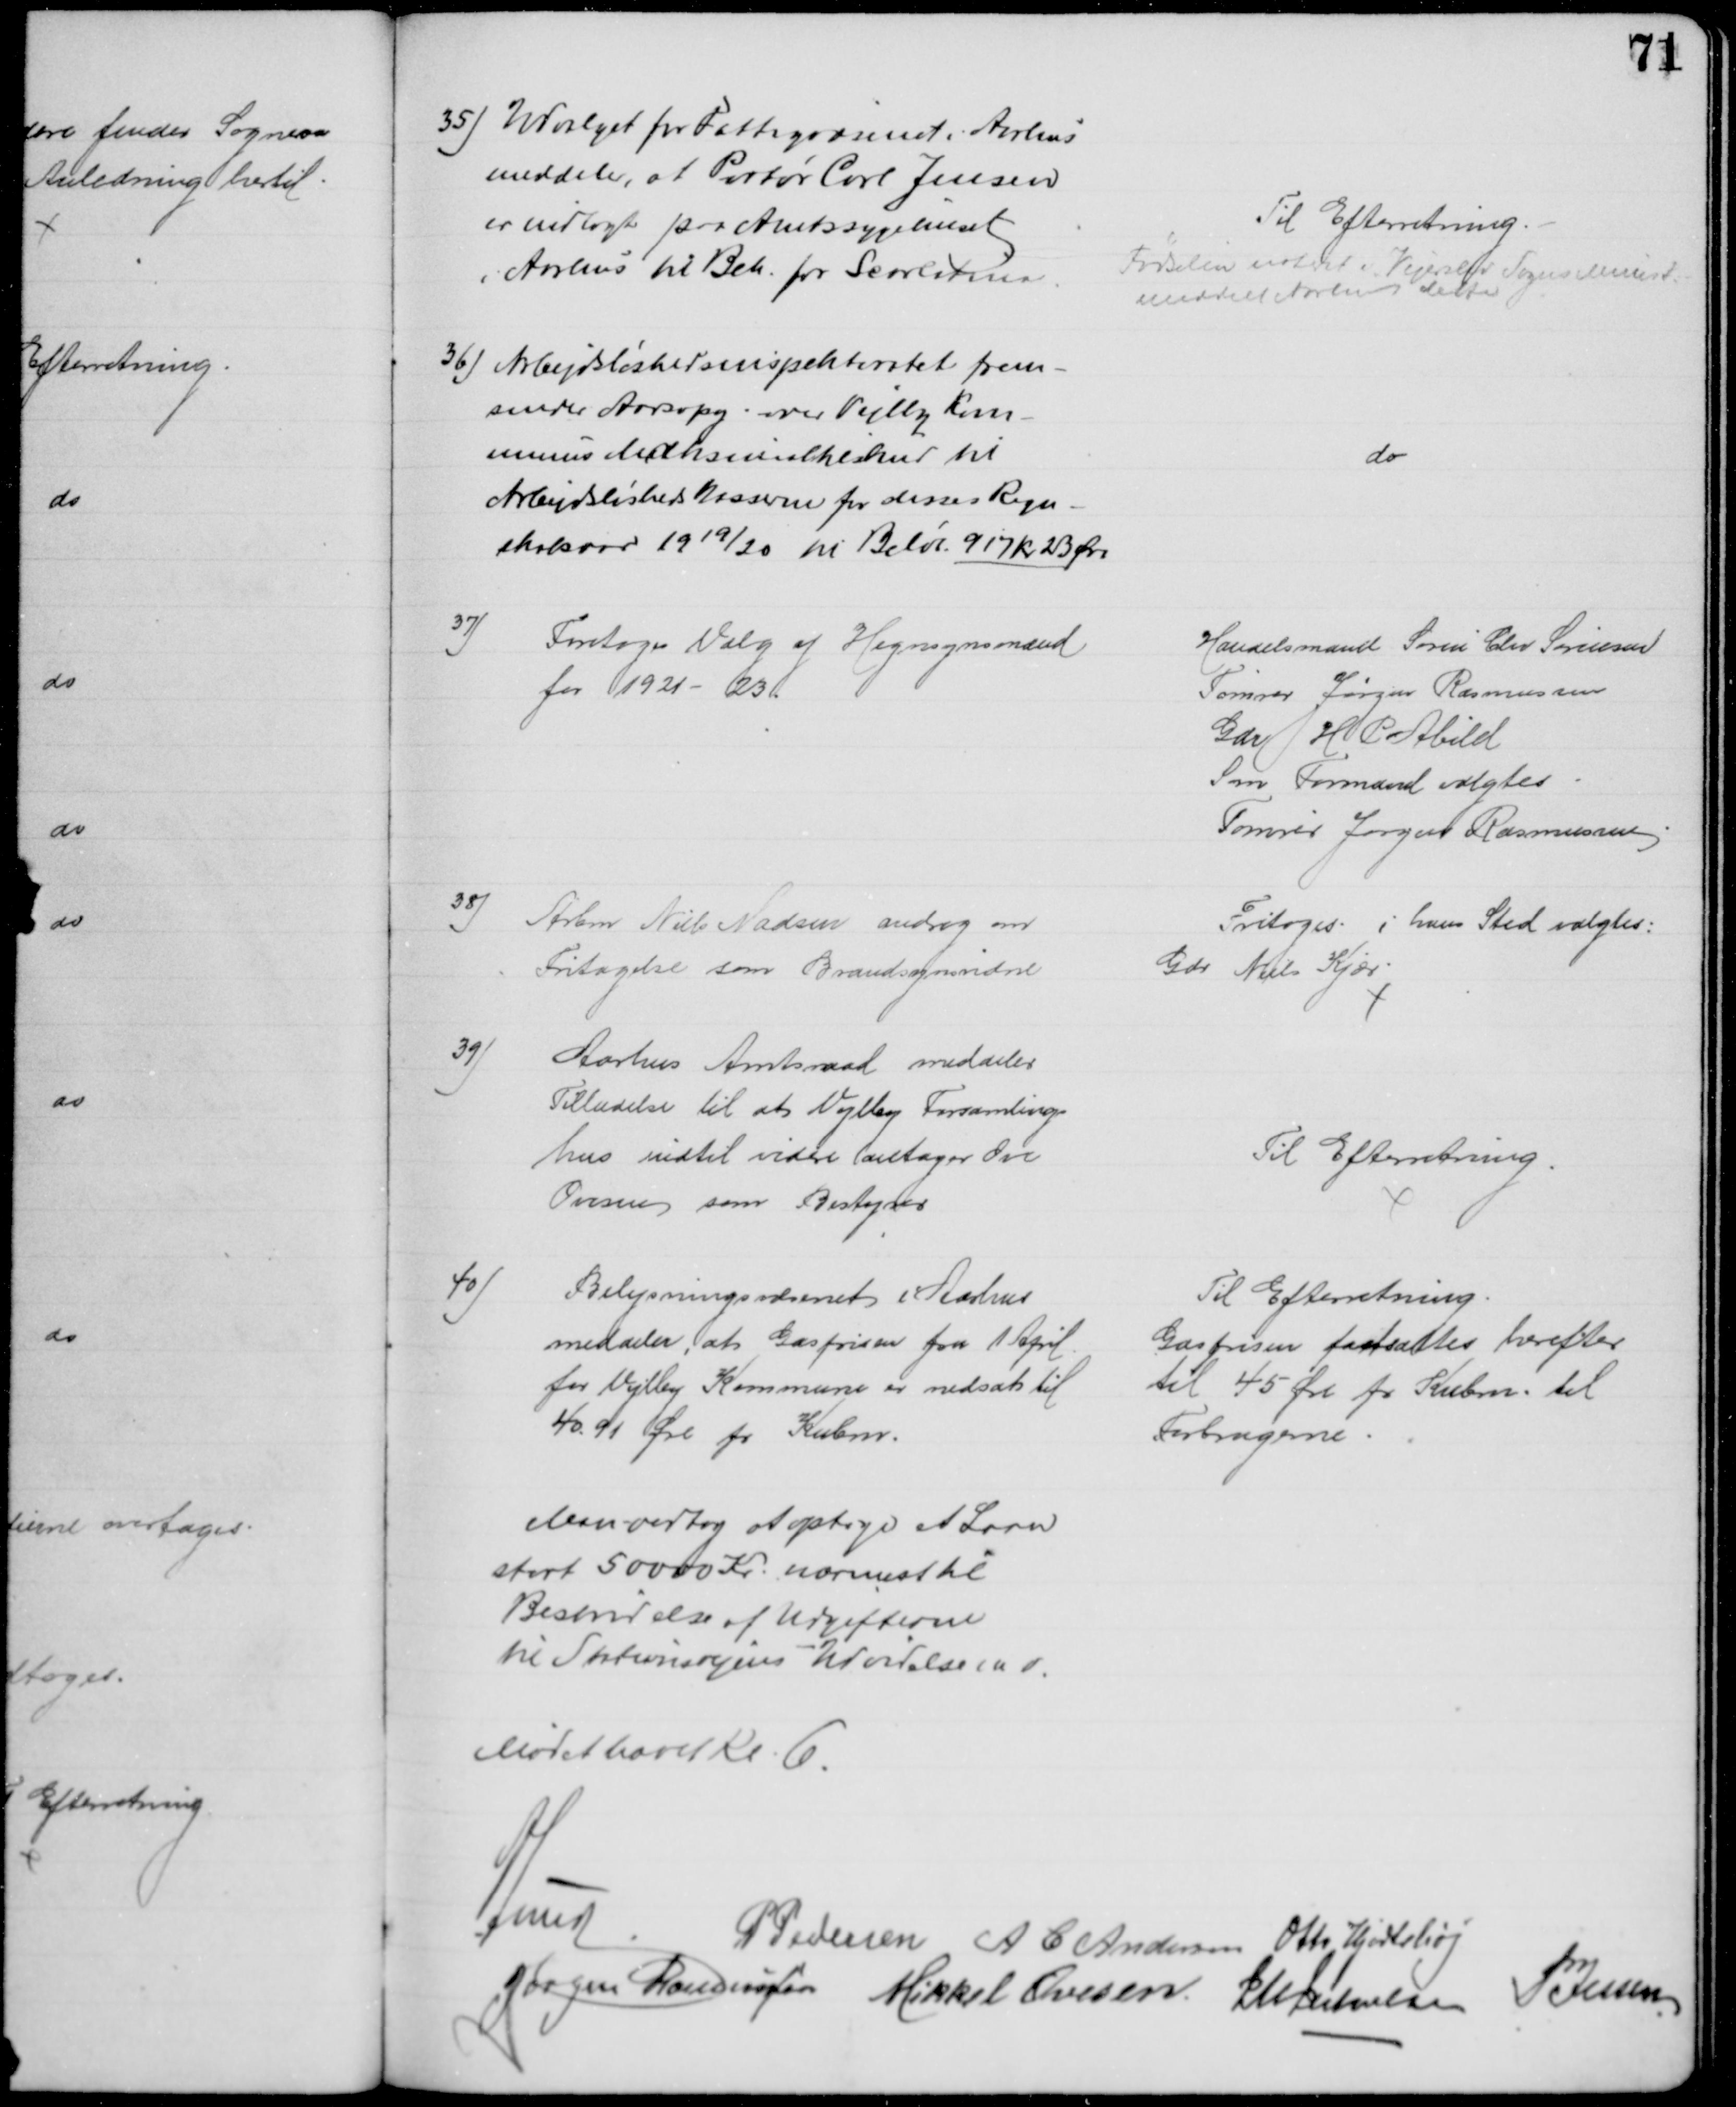
Transskription:
35) Udvalget for Fattigvæsenet i Aarhus
meddeler, at Portør Carl Jensen
er indlagt paa Amtssygehuset
i Aarhus til Beh. for Scarlatina
Til Efterretning.
Fødselen noteret i Vejerslev Sogns Minist.
meddelt Aarhus dette
36) Arbejdsløshedsinspektoratet frem-
sender Aarsopg. over Vejlby Kom-
munes Maksimaltilskud til 
Arbejdsløshedskasserne for disses Regn-
skabsaar 1919/20 til Beløb 917 kr. 23 Øre
do
37)
Foretoges Valg af Hegnsynsmænd
for 1921 - 23.
Handelsmand Søren Chr Sørensen
Tømrer Jørgen Rasmussen
Gdr H P Abild
Som Formand valgtes
Tømrer Jørgen Rasmussen
38)
Arbm Niels Madsen androg om
Fritagelse som Brandsynsvidne
Fritoges i hans Sted valgtes:
Gdr Niels Kjær.
39)
Aarhus Amtsraad meddeler
Tilladelse til at Vejlby Forsamlings
hus indtil videre antager Ove
Ovesen som Bestyrer
Til Efterretning
40)
Belysningsvæsenet i Aarhus
meddeler, at Gasprisen fra 1 April.
for Vejlby Kommune er nedsat til
40. 91 Øre pr Kubm.
Til Efterretning
Gasprisen fastsattes herefter
til 45 Øre pr. Kubm. til
Forbrugerne.
Man vedtog at optage et Laan
stort 50000 Kr. nærmest til
Bestridelse af Udgifterne
til Stationsvejens Udvidelse m v.
Mødet hævet Kl. 6.
A Lund
P Pedersen A C Andersen Otto Hortshøj
Jørgen Rasmussen Mikkel Ovesen J M Jakobsen
P Jessen